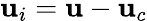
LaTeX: \mathbf{u}_{i}=\mathbf{u}-\mathbf{u}_{c}